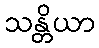
သန္တိယာ